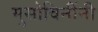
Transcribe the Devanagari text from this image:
मुसोविनींनी